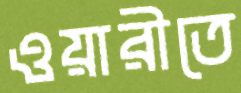
ওয়ারীতে